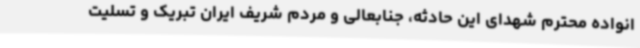
انواده محترم شهدای این حادثه، جنابعالی و مردم شریف ایران تبریک و تسلیت